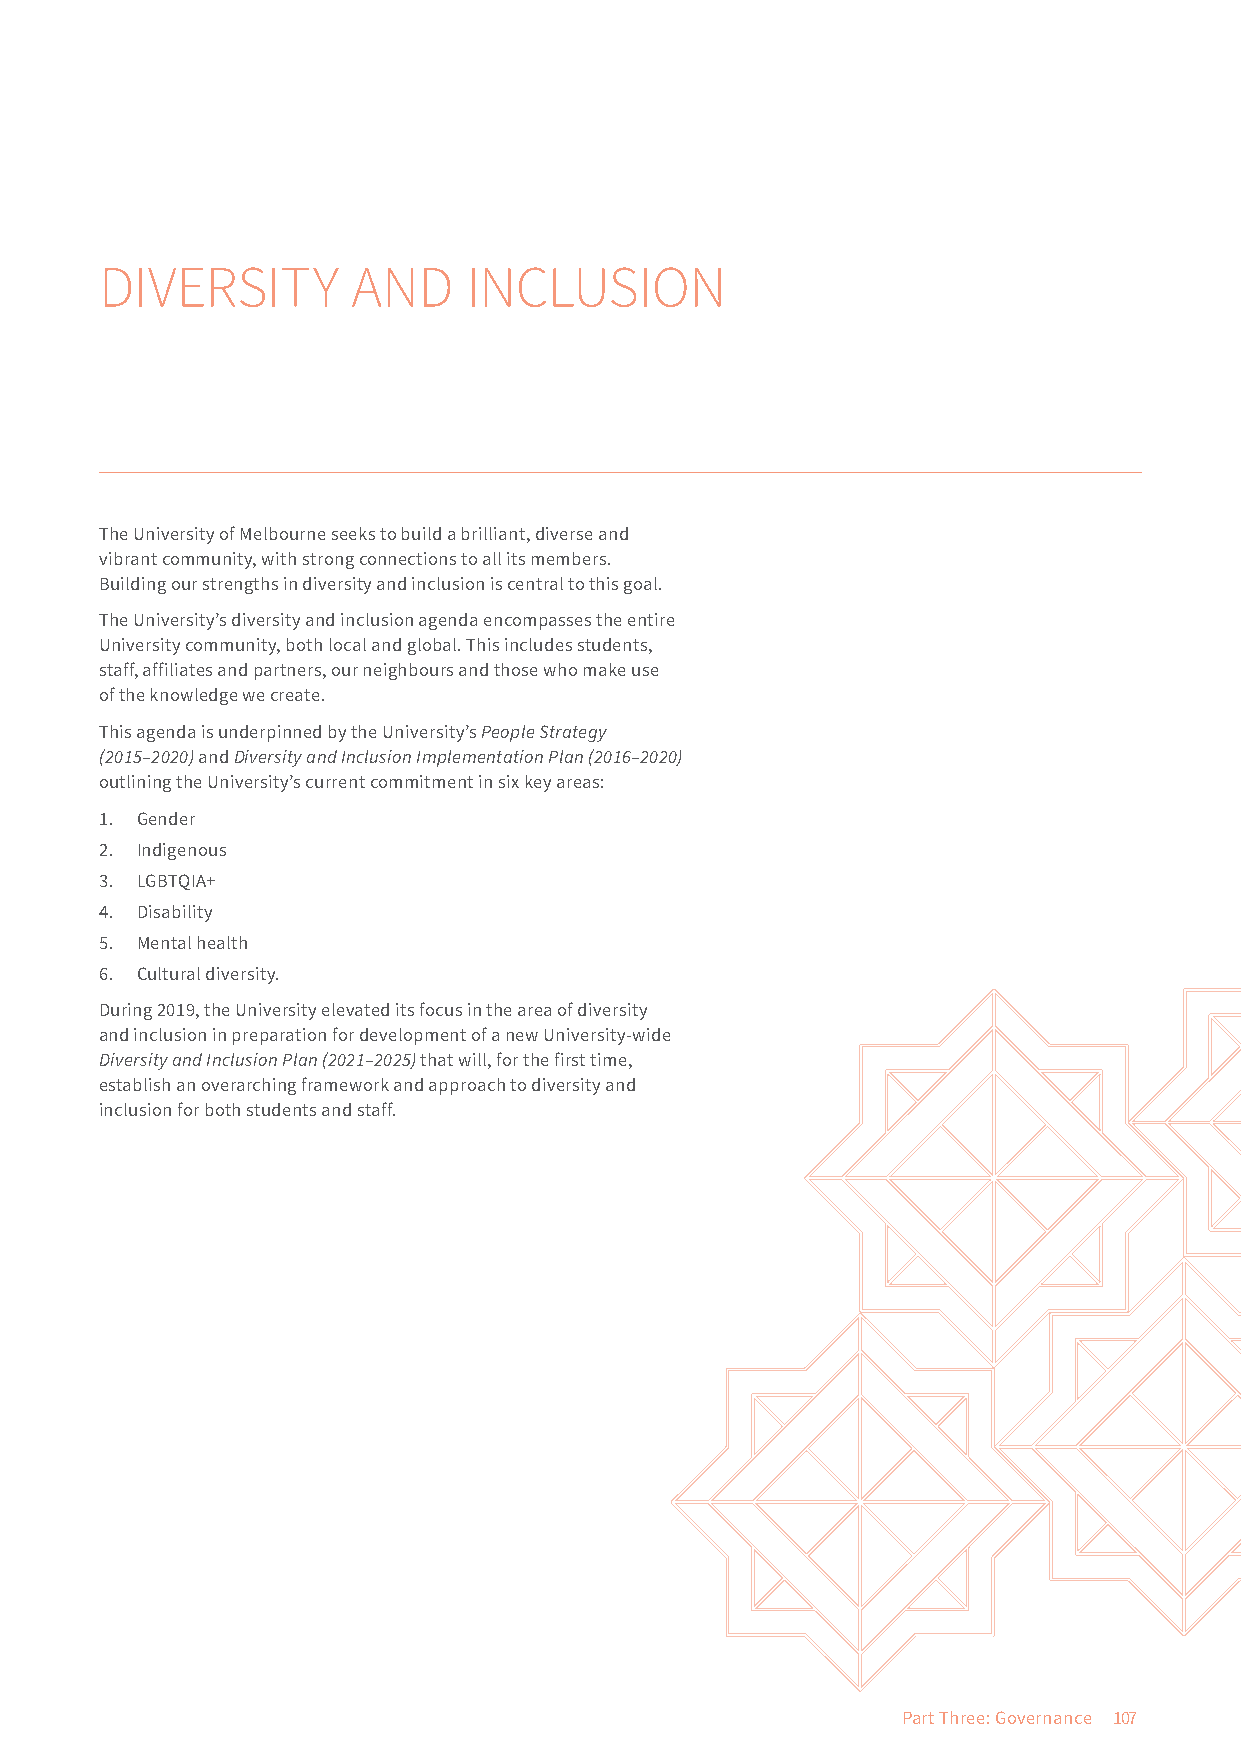
DIVERSITY       AND     INCLUSION
 The University of Melbourne seeks to build a brilliant, diverse and
 vibrant community, with strong connections to all its members.
 Building our strengths in diversity and inclusion is central to this goal.
 The University’s diversity and inclusion agenda encompasses the entire
 University community, both local and global. This includes students,
 staff, affiliates and partners, our neighbours and those who make use
 of the knowledge we create.
 This agenda is underpinned by the University’s People Strategy
 (2015–2020) and Diversity and Inclusion Implementation Plan (2016–2020)
 outlining the University’s current commitment in six key areas:
 1. Gender
 2. Indigenous
 3. LGBTQIA+
 4. Disability
 5. Mental health
 6. Cultural diversity.
 During 2019, the University elevated its focus in the area of diversity
 and inclusion in preparation for development of a new University-wide
 Diversity and Inclusion Plan (2021–2025) that will, for the first time,
 establish an overarching framework and approach to diversity and
 inclusion for both students and staff.
 Part Three: Governance 107